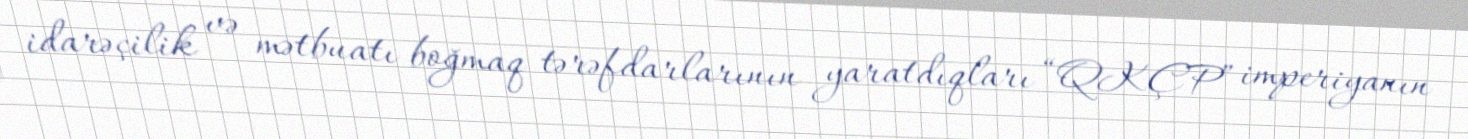
idarəçilik və mətbuatı boğmaq tərəfdarlarının yaratdıqları “QKÇP” imperiyanın